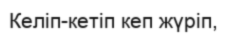
Келіп-кетіп кеп жүріп,